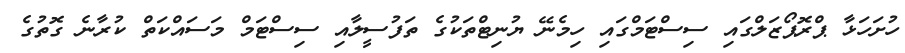
ހުށަހަޅާ ޕްރޮޕޯޒަލްގައި ސިސްޓަމްގައި ހިމެނޭ ޔުނިޓްތަކުގެ ތަފުސީލާއި ސިސްޓަމް މަސައްކަތް ކުރާނެ ގޮތުގެ